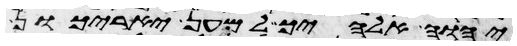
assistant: יהוה אלהיך למען יארכון